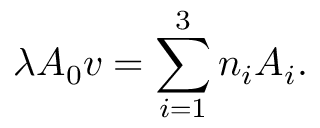
\lambda \boldsymbol { A } _ { 0 } \boldsymbol { v } = \sum _ { i = 1 } ^ { 3 } n _ { i } \boldsymbol { A } _ { i } .